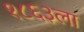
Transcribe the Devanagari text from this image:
१८६३ला